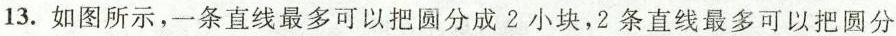
13. 如图所示，一条直线最多可以把圆分成2小块，2条直线最多可以把圆分